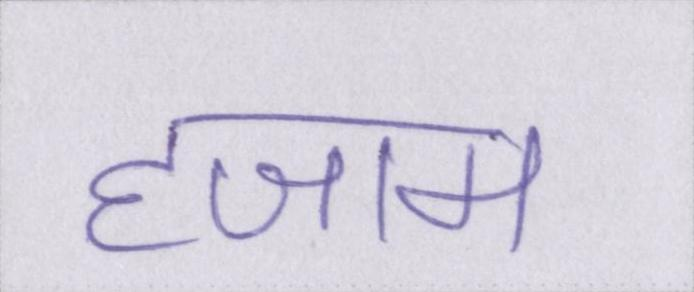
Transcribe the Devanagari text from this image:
हजाम